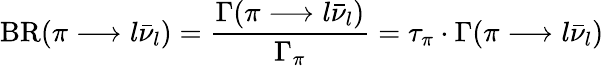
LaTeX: \mathrm{BR}(\pi\longrightarrow l\bar{\nu}_{l})=\frac{\Gamma(\pi\longrightarrow l\bar{\nu}_{l})}{\Gamma_{\pi}}=\tau_{\pi}\cdot\Gamma(\pi\longrightarrow l\bar{\nu}_{l})